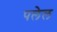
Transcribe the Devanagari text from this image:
पलेल